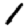
Digit: 1